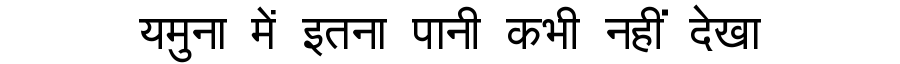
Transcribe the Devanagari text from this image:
यमुना में इतना पानी कभी नहीं देखा